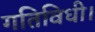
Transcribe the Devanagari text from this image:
गतिविधी।